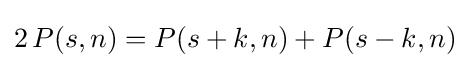
2\,P(s,n)=P(s+k,n)+P(s-k,n)